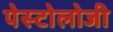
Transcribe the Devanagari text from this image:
पेस्टोलोजी